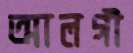
আলগী